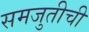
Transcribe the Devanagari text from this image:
समजुतीची